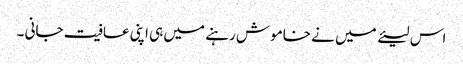
اس لیئے میں نے خاموش رہنے میں ہی اپنی عافیت جانی ۔